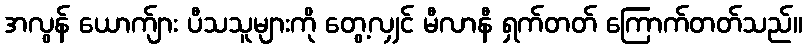
အလွန် ယောက်ျား ပီသသူများကို တွေ့လျှင် မီလာနီ ရှက်တတ် ကြောက်တတ်သည်။